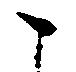
こ